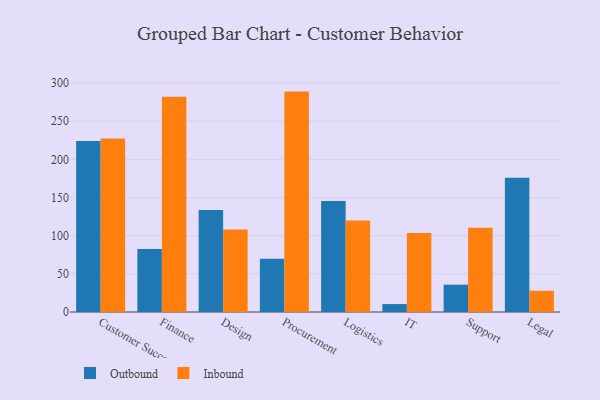
{"axis": {"x": "Department", "y": "Backlog"}, "legend": ["Inbound", "Outbound"], "data": [{"x": "Customer Success", "y": 223.9, "type": "Outbound"}, {"x": "Customer Success", "y": 227.4, "type": "Inbound"}, {"x": "Finance", "y": 82.6, "type": "Outbound"}, {"x": "Finance", "y": 281.9, "type": "Inbound"}, {"x": "Design", "y": 133.5, "type": "Outbound"}, {"x": "Design", "y": 108.2, "type": "Inbound"}, {"x": "Procurement", "y": 69.8, "type": "Outbound"}, {"x": "Procurement", "y": 288.7, "type": "Inbound"}, {"x": "Logistics", "y": 145.5, "type": "Outbound"}, {"x": "Logistics", "y": 119.7, "type": "Inbound"}, {"x": "IT", "y": 10.4, "type": "Outbound"}, {"x": "IT", "y": 103.5, "type": "Inbound"}, {"x": "Support", "y": 35.8, "type": "Outbound"}, {"x": "Support", "y": 110.2, "type": "Inbound"}, {"x": "Legal", "y": 175.8, "type": "Outbound"}, {"x": "Legal", "y": 27.8, "type": "Inbound"}]}